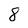
Character: 8